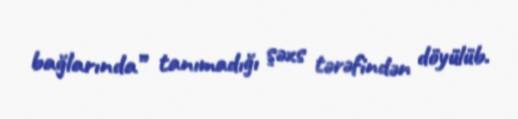
bağlarında” tanımadığı şəxs tərəfindən döyülüb.